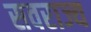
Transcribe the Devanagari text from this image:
सवराज्य